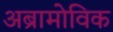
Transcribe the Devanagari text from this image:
अब्रामोविक